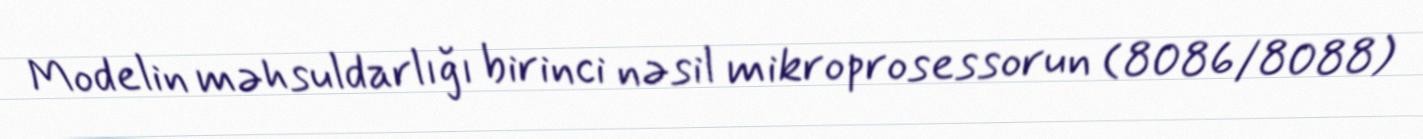
Modelin məhsuldarlığı birinci nəsil mikroprosessorun (8086/8088)